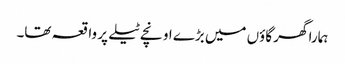
ہمارا گھر گاؤں میں بڑے اونچے ٹیلے پر واقعہ تھا۔